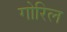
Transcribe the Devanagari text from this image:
गोरिल